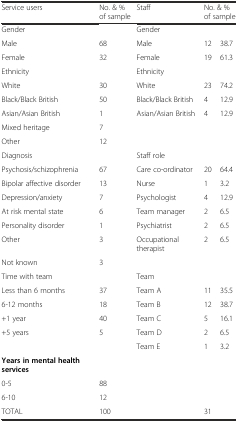
<table><thead><tr><td><b>Service users</b></td><td><b>No. &amp; % of sample</b></td><td><b>Staff</b></td><td colspan="2"><b>No. &amp; % of sample</b></td></tr></thead><tbody><tr><td>Gender</td><td></td><td>Gender</td><td></td><td></td></tr><tr><td>Male</td><td>68</td><td>Male</td><td>12</td><td>38.7</td></tr><tr><td>Female</td><td>32</td><td>Female</td><td>19</td><td>61.3</td></tr><tr><td>Ethnicity</td><td></td><td>Ethnicity</td><td></td><td></td></tr><tr><td>White</td><td>30</td><td>White</td><td>23</td><td>74.2</td></tr><tr><td>Black/Black British</td><td>50</td><td>Black/Black British</td><td>4</td><td>12.9</td></tr><tr><td>Asian/Asian British</td><td>1</td><td>Asian/Asian British</td><td>4</td><td>12.9</td></tr><tr><td>Mixed heritage</td><td>7</td><td></td><td></td><td></td></tr><tr><td>Other</td><td>12</td><td></td><td></td><td></td></tr><tr><td>Diagnosis</td><td></td><td>Staff role</td><td></td><td></td></tr><tr><td>Psychosis/schizophrenia</td><td>67</td><td>Care co-ordinator</td><td>20</td><td>64.4</td></tr><tr><td>Bipolar affective disorder</td><td>13</td><td>Nurse</td><td>1</td><td>3.2</td></tr><tr><td>Depression/anxiety</td><td>7</td><td>Psychologist</td><td>4</td><td>12.9</td></tr><tr><td>At risk mental state</td><td>6</td><td>Team manager</td><td>2</td><td>6.5</td></tr><tr><td>Personality disorder</td><td>1</td><td>Psychiatrist</td><td>2</td><td>6.5</td></tr><tr><td>Other</td><td>3</td><td>Occupational therapist</td><td>2</td><td>6.5</td></tr><tr><td>Not known</td><td>3</td><td></td><td></td><td></td></tr><tr><td>Time with team</td><td></td><td>Team</td><td></td><td></td></tr><tr><td>Less than 6 months</td><td>37</td><td>Team A</td><td>11</td><td>35.5</td></tr><tr><td>6-12 months</td><td>18</td><td>Team B</td><td>12</td><td>38.7</td></tr><tr><td>+1 year</td><td>40</td><td>Team C</td><td>5</td><td>16.1</td></tr><tr><td>+5 years</td><td>5</td><td>Team D</td><td>2</td><td>6.5</td></tr><tr><td></td><td></td><td>Team E</td><td>1</td><td>3.2</td></tr><tr><td><b>Years in mental health services</b></td><td></td><td></td><td></td><td></td></tr><tr><td>0-5</td><td>88</td><td></td><td></td><td></td></tr><tr><td>6-10</td><td>12</td><td></td><td></td><td></td></tr><tr><td>TOTAL</td><td>100</td><td></td><td>31</td><td></td></tr></tbody></table>